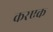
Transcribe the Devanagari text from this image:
करएक